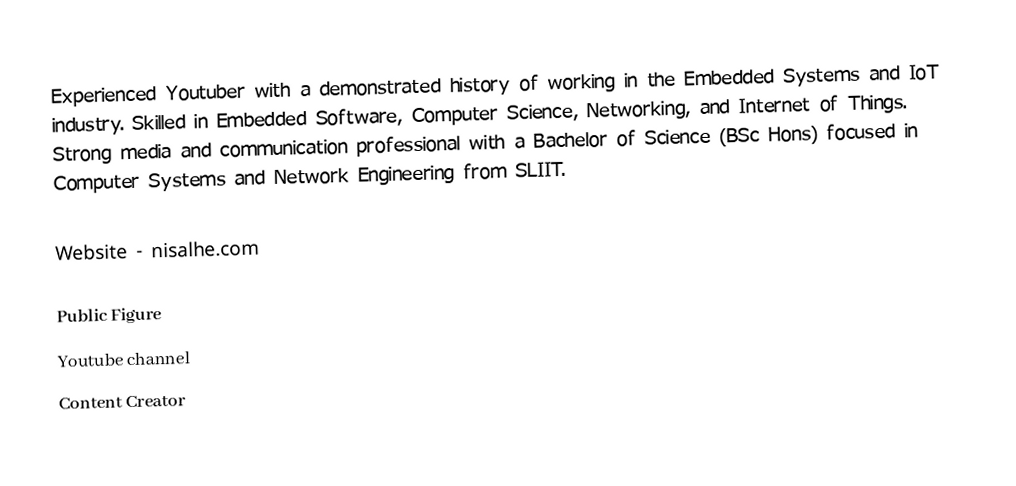
Experienced Youtuber with a demonstrated history of working in the Embedded Systems and IoT industry. Skilled in Embedded Software, Computer Science, Networking, and Internet of Things. Strong media and communication professional with a Bachelor of Science (BSc Hons) focused in Computer Systems and Network Engineering from SLIIT.

Website - nisalhe.com

Public Figure
Youtube channel
Content Creator